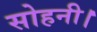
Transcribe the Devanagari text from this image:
सोहनी।